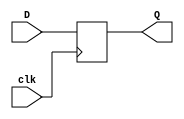
`timescale 1ns / 1ps
//////////////////////////////////////////////////////////////////////////////////
// Company: 
// Engineer: 
// 
// Design Name: 
// Module Name: DFF
// Project Name: 
// Target Devices: 
// Tool Versions: 
// Description: 
// 
// Dependencies: 
// 
// Revision:
// Revision 0.01 - File Created
// Additional Comments:
// 
//////////////////////////////////////////////////////////////////////////////////


module DFF(clk, D, Q);
input D,clk;
output reg Q;

always @(posedge clk)
begin
    Q<=D;
end
endmodule